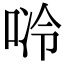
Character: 唥